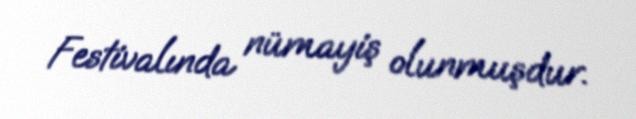
Festivalında nümayiş olunmuşdur.